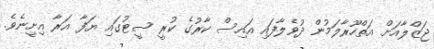
ޖަޒްލާއަށް އަތްހޫރާލަމުން ދުވެލާފައި އައިސް ކާރުގެ ކުރީ ސީޓުގައި ޔަފާ އަރާ އިށީނެވެ.